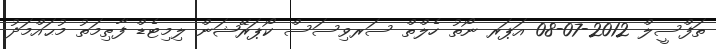
ތަފްސީލް 2012-07-08 އަޕަރ ނޯތު ހެލްތް ސަރވިސަސް ކޯޕަރޭޝަން ލިމިޓެޑް ފާޠިމަތު މުޙައްމަދު